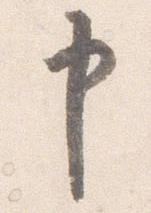
申